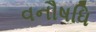
વનૌષધિ